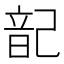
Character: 𮧷